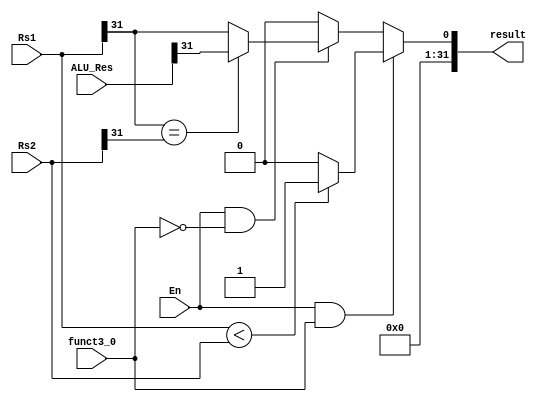
module SET_UNIT #(
	parameter XLEN = 32
) 
(
	input  wire [XLEN-1:0] Rs1,
	input  wire [XLEN-1:0] Rs2,
	input  wire [XLEN-1:0] ALU_Res,
	input  wire  		   funct3_0,
	input  wire 		   En,
	output reg  [XLEN-1:0] result 
);

localparam SLT  = 1'b0;
localparam SLTU = 1'b1;

always @(*) begin
	
	if (En && funct3_0 == SLTU) begin

		if (Rs1 < Rs2) begin
			result = 32'h00000001;
		end
		else begin
			result = 32'h00000000;
		end

	end
	else if (En && funct3_0 == SLT) begin
		if (Rs1[XLEN-1] == Rs2[XLEN-1]) begin
			// Reuse the ALU_Result 
			result = {28'h0000000,3'b000,ALU_Res[XLEN-1]};
		end
		else begin
			result = {28'h0000000,3'b000,Rs1[XLEN-1]};
		end
	end
	else begin
		result = 32'h00000000;
	end

end

endmodule